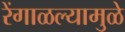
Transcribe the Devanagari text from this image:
रेंगाळल्यामुळे